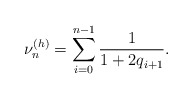
\begin{align*}\nu _{n}^{\left( h\right) }=\sum_{i=0}^{n-1}\frac{1}{1+2q_{i+1}}.\end{align*}